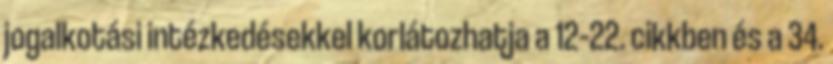
jogalkotási intézkedésekkel korlátozhatja a 12–22. cikkben és a 34.